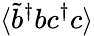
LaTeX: \langle\tilde{b}^{\dagger}bc^{\dagger}c\rangle